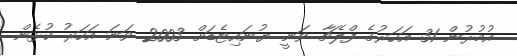
އުމުރުން 31 އަހަރުގެ ފްލެޗާ ވަނީ ޔުނައިޓެޑަށް 2003 ވަނަ އަހަރު ކުޅެން